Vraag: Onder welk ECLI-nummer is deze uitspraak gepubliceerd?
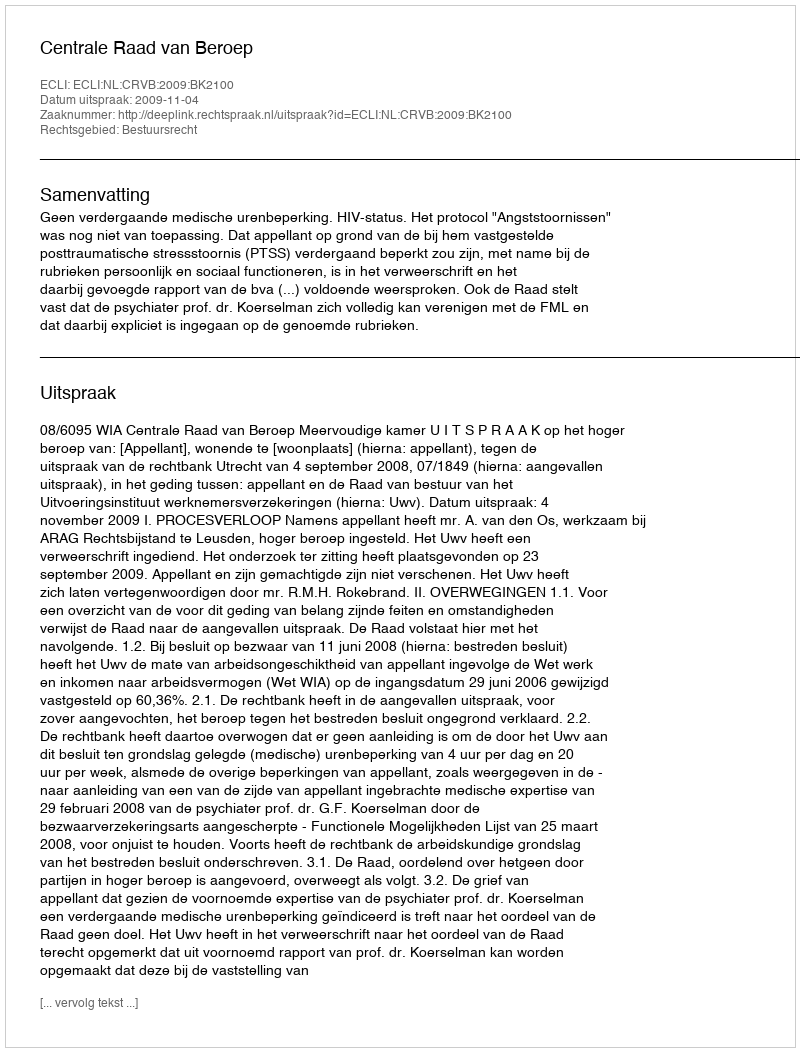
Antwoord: ECLI:NL:CRVB:2009:BK2100